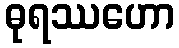
ဓုရဿဟော